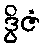
ဒွိဇံ